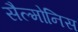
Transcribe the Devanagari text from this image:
सैल्मोनिस